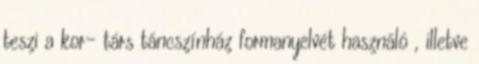
teszi a kor- társ táncszínház formanyelvét használó , illetve